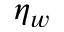
\eta _ { w }